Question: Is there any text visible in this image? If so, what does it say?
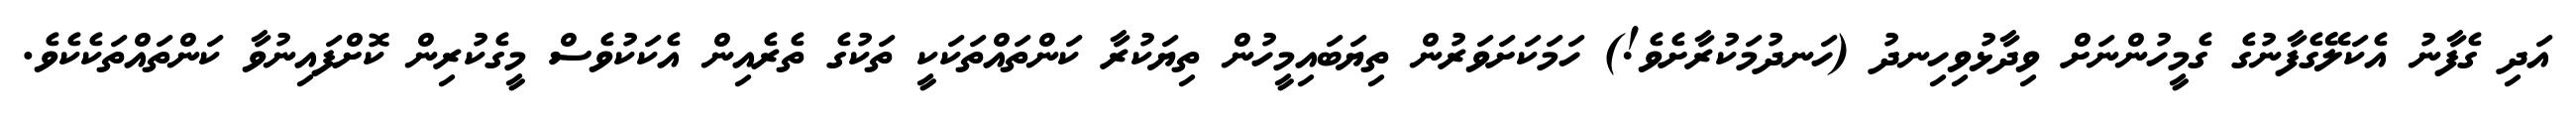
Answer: އަދި ގެފާނު އެކަލޭގެފާނުގެ ގެމީހުންނަށް ވިދާޅުވިހިނދު (ހަނދުމަކުރާށެވެ!) ހަމަކަށަވަރުން ތިޔަބައިމީހުން ތިޔަކުރާ ކަންތައްތަކަކީ ތަކުގެ ތެރެއިން އެކަކުވެސް މީގެކުރިން ކޮށްފައިނުވާ ކަންތައްތަކެކެވެ.